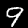
Digit: 9